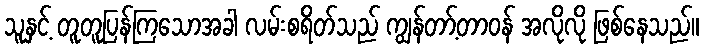
သူနှင့် တူတူပြန်ကြသောအခါ လမ်းစရိတ်သည် ကျွန်တာ့်တာဝန် အလိုလို ဖြစ်နေသည်။